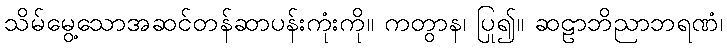
သိမ်မွေ့သောအဆင်တန်ဆာပန်းကုံးကို။ ကတွာန၊ ပြု၍။ ဆဠာဘိညာဘရဏံ၊